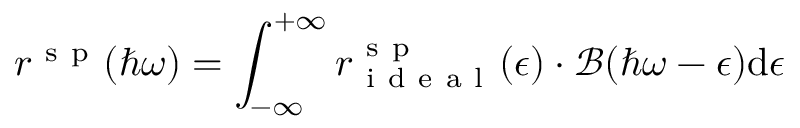
r ^ { \mathrm { ~ s ~ p ~ } } ( \hbar \omega ) = \int _ { - \infty } ^ { + \infty } r _ { \mathrm { ~ i ~ d ~ e ~ a ~ l ~ } } ^ { \mathrm { ~ s ~ p ~ } } ( \epsilon ) \cdot \mathcal { B } ( \hbar \omega - \epsilon ) \mathrm { d } \epsilon